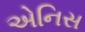
એનિસ